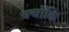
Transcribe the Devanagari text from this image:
क्‍योंकि